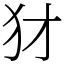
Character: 犲